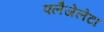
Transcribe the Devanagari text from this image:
फ्लैजेलेटा